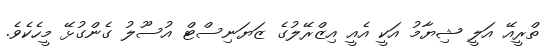
ތްރީއޭ އަލީ ޝިޔާމު އަކީ އެއީ އިޒްރޭލުގެ ޒަޔަނިސްޓް އުސޫލު ގެންގުޅޭ މީހެކެވެ.